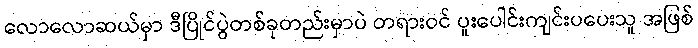
လောလောဆယ်မှာ ဒီပြိုင်ပွဲတစ်ခုတည်းမှာပဲ တရားဝင် ပူးပေါင်းကျင်းပပေးသူ အဖြစ်